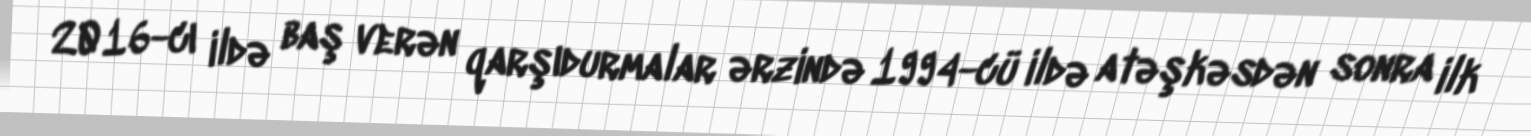
2016-cı ildə baş verən qarşıdurmalar ərzində 1994-cü ildə atəşkəsdən sonra ilk